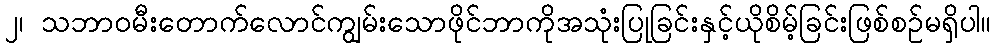
၂၊ သဘာဝမီးတောက်လောင်ကျွမ်းသောဖိုင်ဘာကိုအသုံးပြုခြင်းနှင့်ယိုစိမ့်ခြင်းဖြစ်စဉ်မရှိပါ။